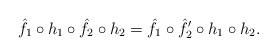
LaTeX: \begin{align*} \hat{f}_1 \circ h_1 \circ \hat{f}_2 \circ h_2 = \hat{f}_1 \circ \hat{f}_2' \circ h_1 \circ h_2.\end{align*}